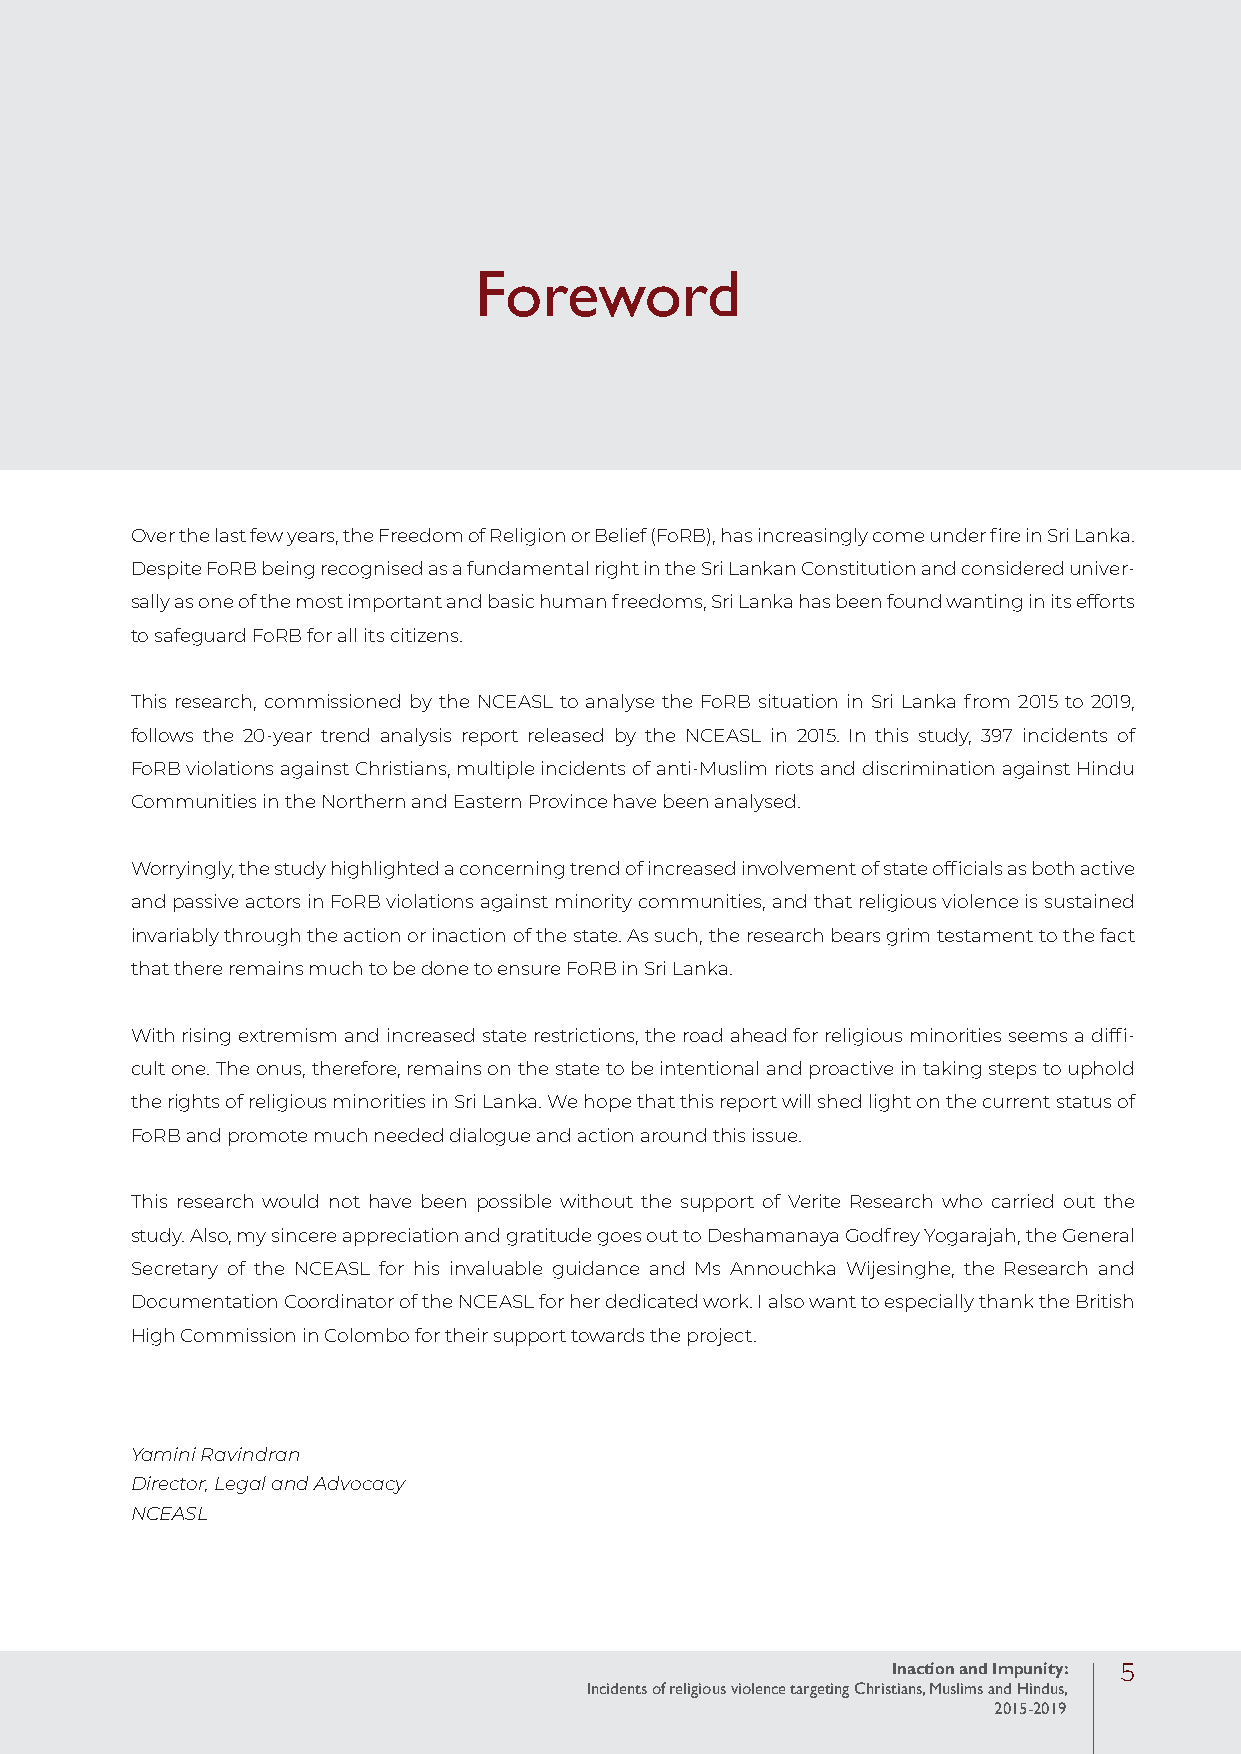
Foreword
 Over the last few years, the Freedom of Religion or Belief (FoRB), has increasingly come under fire in Sri Lanka.
 Despite FoRB being recognised as a fundamental right in the Sri Lankan Constitution and considered univer-
 sally as one of the most important and basic human freedoms, Sri Lanka has been found wanting in its efforts
 to safeguard FoRB for all its citizens.
 This research, commissioned by the NCEASL to analyse the FoRB situation in Sri Lanka from 2015 to 2019,
 follows the 20-year trend analysis report released by the NCEASL in 2015. In this study, 397 incidents of
 FoRB violations against Christians, multiple incidents of anti-Muslim riots and discrimination against Hindu
 Communities in the Northern and Eastern Province have been analysed.
 Worryingly, the study highlighted a concerning trend of increased involvement of state officials as both active
 and passive actors in FoRB violations against minority communities, and that religious violence is sustained
 invariably through the action or inaction of the state. As such, the research bears grim testament to the fact
 that there remains much to be done to ensure FoRB in Sri Lanka.
 With rising extremism and increased state restrictions, the road ahead for religious minorities seems a diffi-
 cult one. The onus, therefore, remains on the state to be intentional and proactive in taking steps to uphold
 the rights of religious minorities in Sri Lanka. We hope that this report will shed light on the current status of
 FoRB and promote much needed dialogue and action around this issue.
 This research would not have been possible without the support of Verite Research who carried out the
 study. Also, my sincere appreciation and gratitude goes out to Deshamanaya Godfrey Yogarajah, the General
 Secretary of the NCEASL for his invaluable guidance and Ms Annouchka Wijesinghe, the Research and
 Documentation Coordinator of the NCEASL for her dedicated work. I also want to especially thank the British
 High Commission in Colombo for their support towards the project.
 Yamini Ravindran
 Director, Legal and Advocacy
 NCEASL
 Inaction and Impunity: 5
 Incidents of religious violence targeting Christians, Muslims and Hindus,
 2015-2019